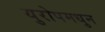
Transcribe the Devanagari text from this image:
युरोपमधुन